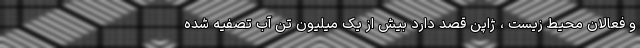
و فعالان محیط زیست ، ژاپن قصد دارد بیش از یک میلیون تن آب تصفیه شده